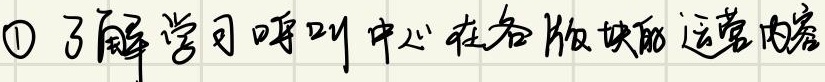
\textcircled{1} 了解学习呼叫中心在各版块的运营内容